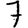
Digit: 7